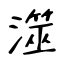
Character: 澨